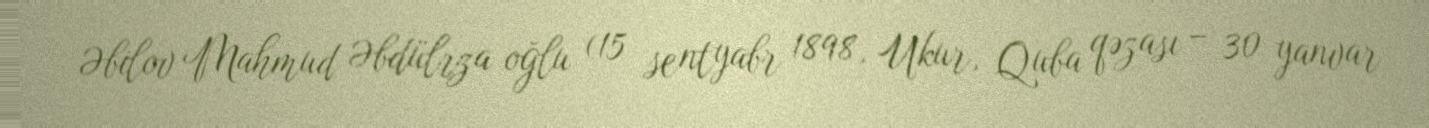
Əbilov Mahmud Əbdülrza oğlu (15 sentyabr 1898, Ukur, Quba qəzası – 30 yanvar